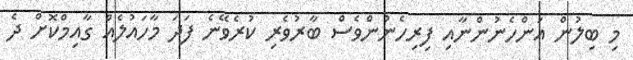
މި ބިލުން އަންހެނުންނާއި ފިރިހެނުންވެސް ބާރުވެރި ކުރެވޭނެ ފަދަ މާހައުލެއް ގާއިމްކޮށް ދެ